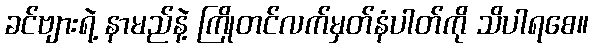
ခင်ဗျားရဲ့ နာမည်နဲ့ ကြိုတင်လက်မှတ်နံပါတ်ကို သိပါရစေ။